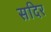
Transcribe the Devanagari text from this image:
सदिर